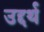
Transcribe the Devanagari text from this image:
उद्दर्थ